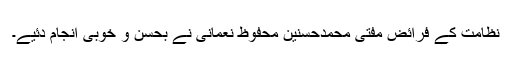
نظامت کے فرائض مفتی محمدحسنین محفوظ نعمانی نے بحسن و خوبی انجام دئیے۔